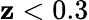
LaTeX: \mathbf{z}<0.3